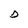
Character: D